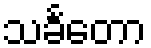
သင်္ခတော